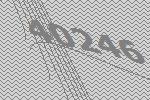
40246